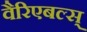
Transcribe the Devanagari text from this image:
वैरिएबल्स्